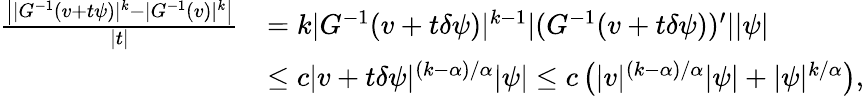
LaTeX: \begin{array}{rl}{\frac{\left||G^{-1}(v+t\psi)|^{k}-|G^{-1}(v)|^{k}\right|}{|t|}}&{=k|G^{-1}(v+t\delta\psi)|^{k-1}|(G^{-1}(v+t\delta\psi))^{\prime}||\psi|}\\ &{\le c|v+t\delta\psi|^{(k-\alpha)/\alpha}|\psi|\le c\left(|v|^{(k-\alpha)/\alpha}|\psi|+|\psi|^{k/\alpha}\right),}\end{array}